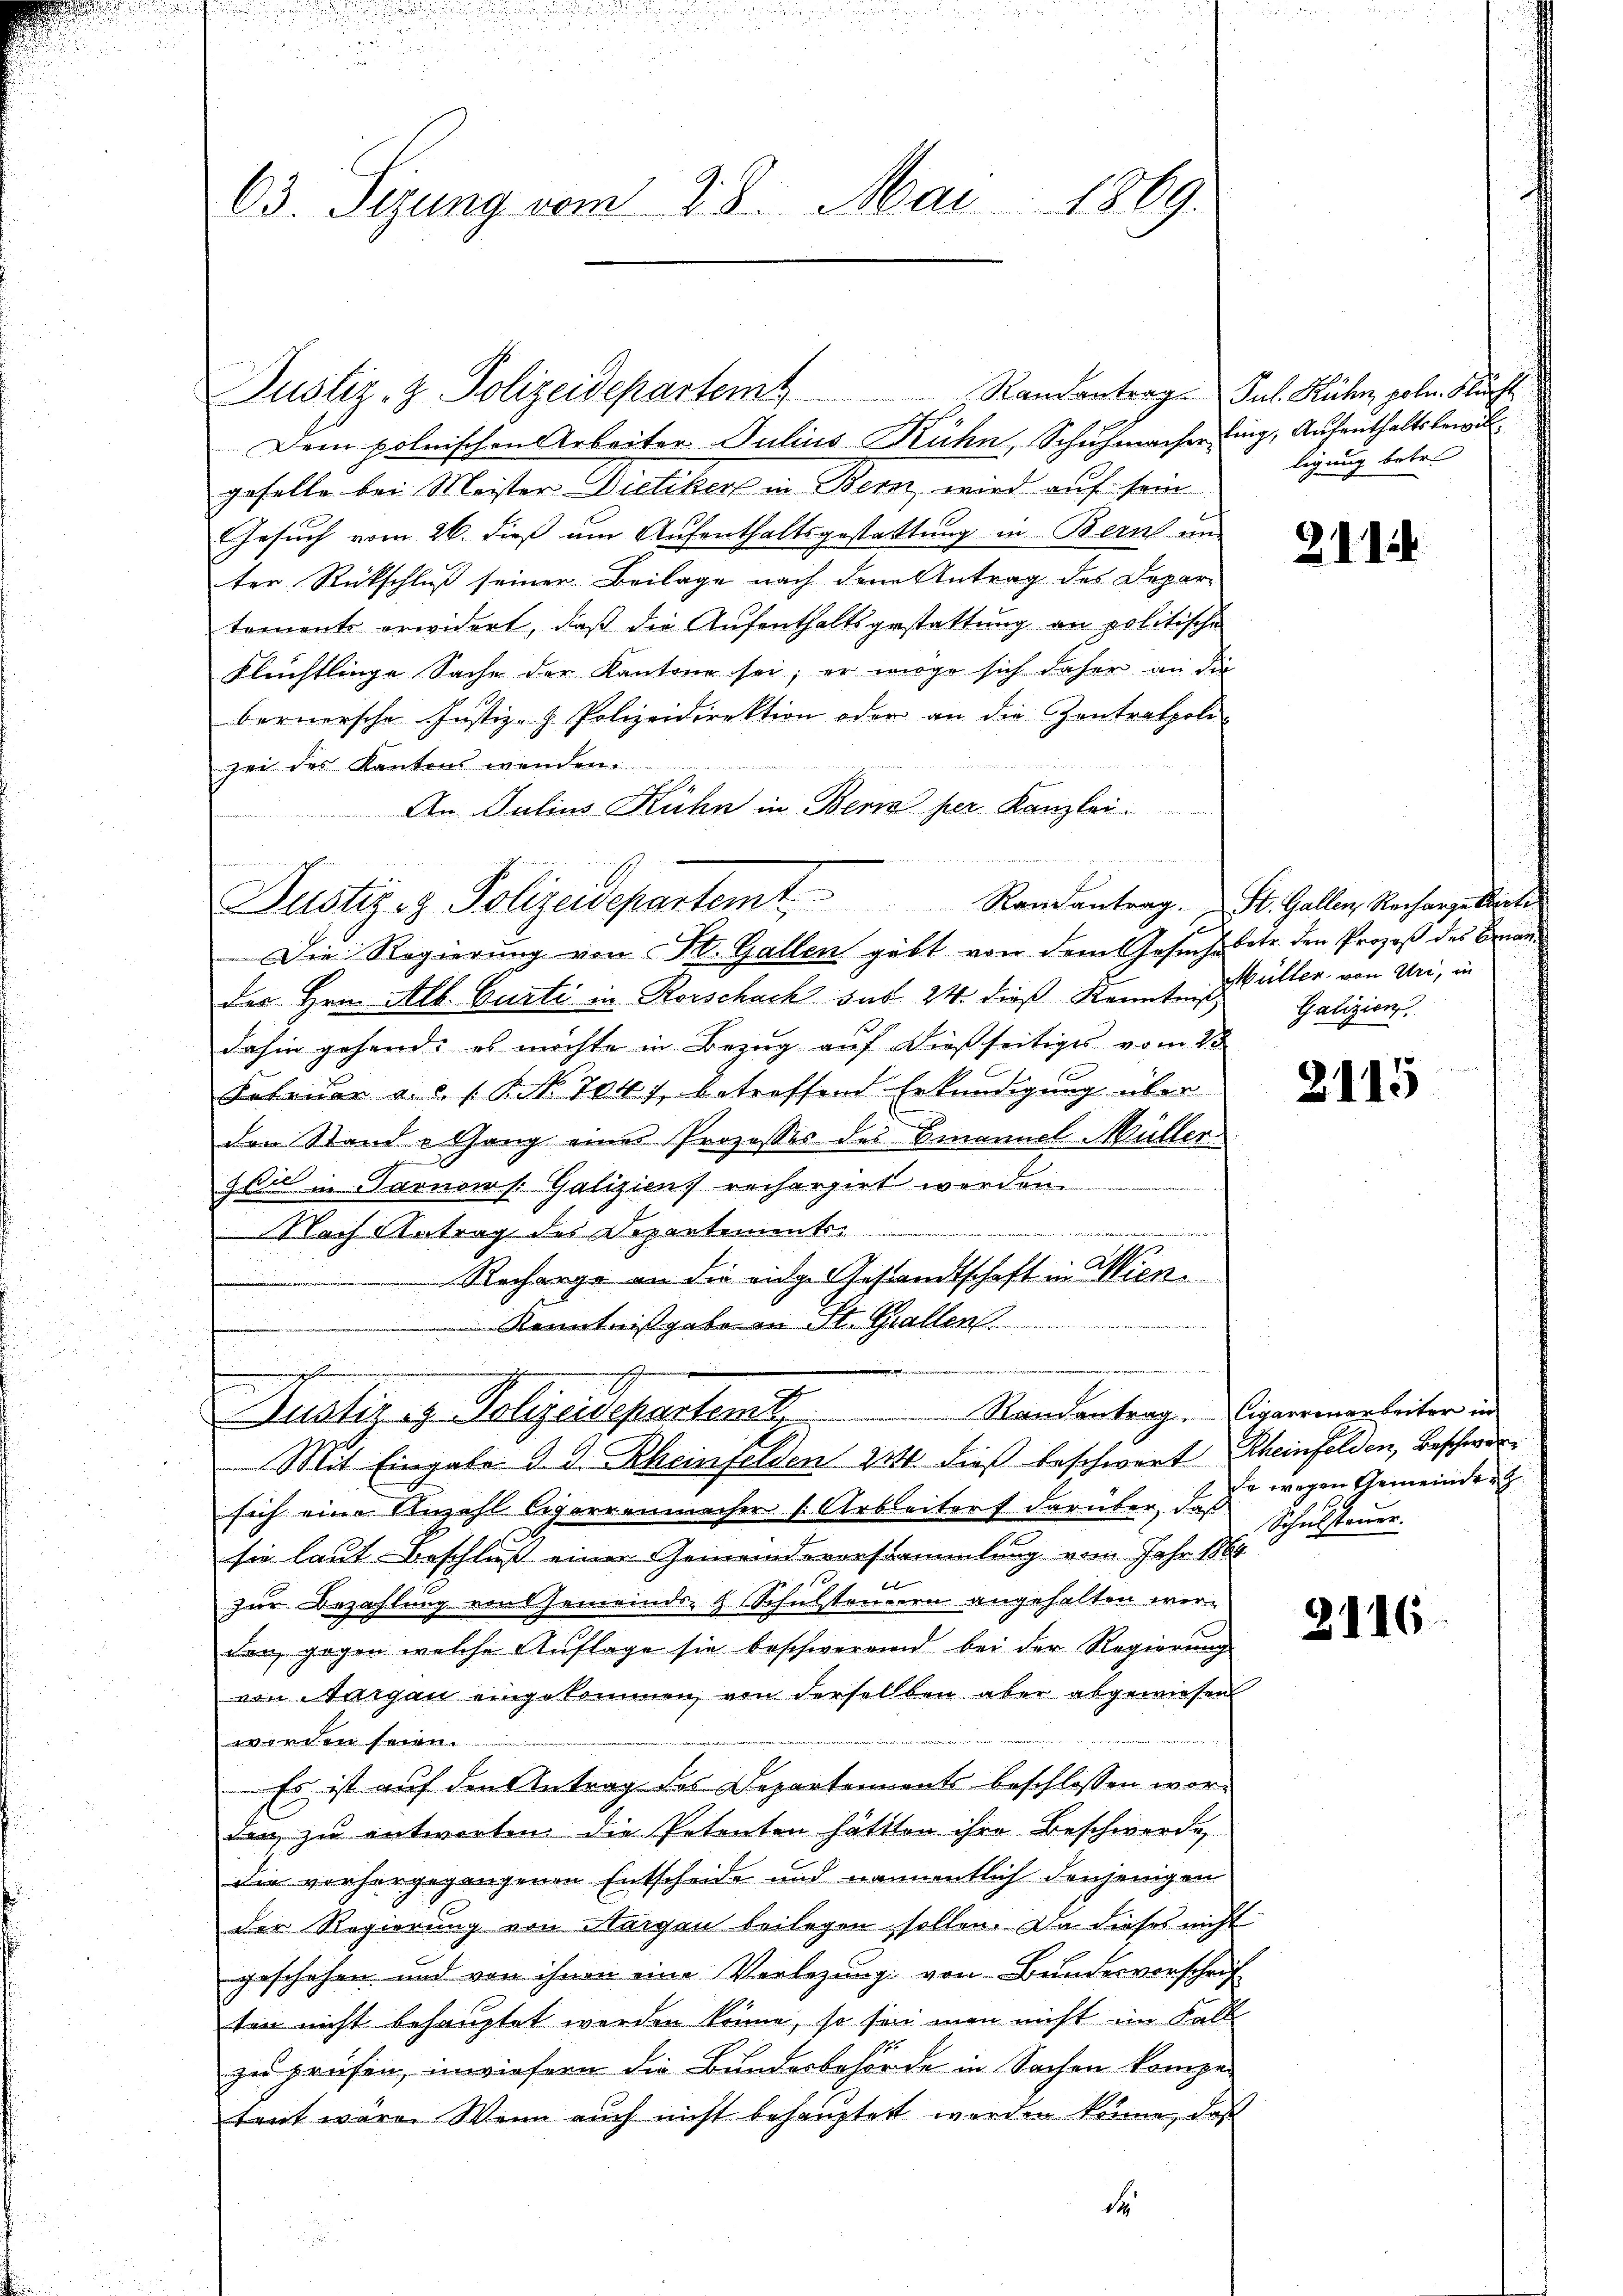
63. Sizung vom 28. Mai 1869.

Justiz, z. Polizeidepartemt

Dem polnischen Arbeiter Julius Rühn, Schuhmacherling, Aufenthaltsbewillgefalle bei Meister Dietiker in Bern, wird auf sein
Gesuch vom 26. dieß um Aufenthaltsgestattung in Bern an-
ter Rückschluß seiner Beilage nach dem Antrag des Departemente erwidert, daß die Aufenthaltsgestattung an politische
Flüchtlinge Sache der Kantone sei; er möge sich daher an die
bernersche Justiz- & Polizeidirektion oder an die Zentratpoli
zei des Kantons wenden
An Julius Kuhn in Bern her Kanzlei
Die Regierung von St. Gallen gibt von dem Gesuche betr. den Prozeß des Bran
der Hrn. Alb. Curti in Rorschach das 24. dieß Kenntn. Aller von Uri, in
dahin gehande es möchte in Bezug auf dießseitiges vom 25.
Februar a. c. s. Frk. 7047 betreffend Erkundigung über
den Stand - Gang eines Prozesses des Benannel Müller
zen in Sarnen Galiziens recherzirt werden.
Nach Antrag des Departement
Recharge an die eidge Gestandtschaft in Wiene
d
Kenntnißgabe in St. Gallen.
.
e
menen gesammen
Justiz & Polizeisepartem Randantrag. Cigarrenarbeiter in
Mit Eingabe 9. d. Rheinfelden 224. dieß beschwert Rheinfelden, Beschwersich eine Anzahl Cigarrenmacher (Urbleiter darüber, daß
sie laut Beschluß einer Gemeindevorstammlung vom Jahr 1864
g
zur Bezahlung von Gemeinds- & Schulsteuern angehalten werden, gegen welche Auflage sie beschweren bei der Regierung
von Aargau eingekommen von derselben aber abgewiesen
werden seien.
Es ist auf den Antrag des Departements beschlossen wor-
den zu entworten die Petenten hättten ihre Beschwerde
Die vorhergegangenen Entscheide und namentlich denjenigen
der Regierung von Nargen beilegen sollen. Da dieses nicht
geschehen und von ihnen eine Verlegung von Bundesvorschrif
ten nicht behauptet werden könne, so sei man nicht im Fall
zu prüfen, inwiefern die Bundesbehörde in Sachen kompe-
trut wäre. Wenn auch nicht behauptet werden könne, daß

Justiz- & Polizeidepartemt Randantrag. St. Gallen Rechargerte

Randantrag. Jul. Kühn, poln. Sucht
ligung betr.

2.11.1

Galizien

2115

de wegen Gemeinder
Schulsteuer.

2116